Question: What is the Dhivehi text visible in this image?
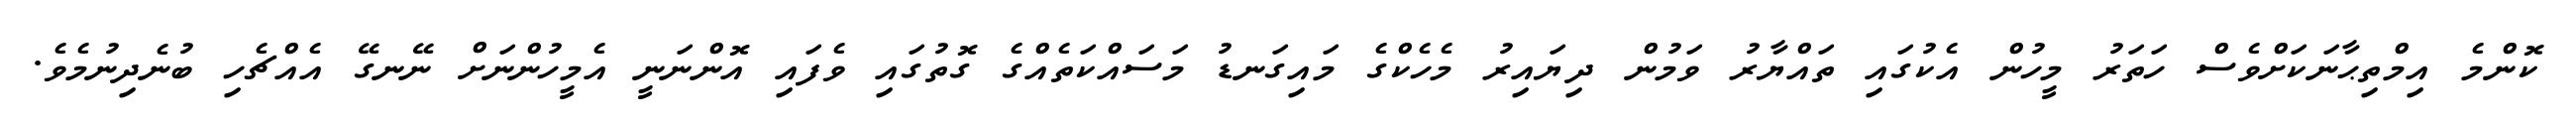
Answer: ކޮންމެ އިމްތިޙާނަކަށްވެސް ހަތަރު މީހުން އެކުގައި ތައްޔާރު ވަމުން ދިޔައިރު މެހެކްގެ މައިގަނޑު މަސައްކަތެއްގެ ގޮތުގައި ވެފައި އޮންނަނީ އެމީހުންނަށް ނޭނގޭ އެއްޗެހި ބުނެދިނުމެވެ.